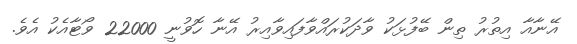
އޭނާއާ އިތުރު ތިން ބޭފުޅަކު ވާދަކުރައްވާފައިވާއިރު އޭނާ ހޮވުނީ 22000 ވޯޓާއެކު އެވެ.